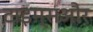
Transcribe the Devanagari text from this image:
टाइम्सऔर